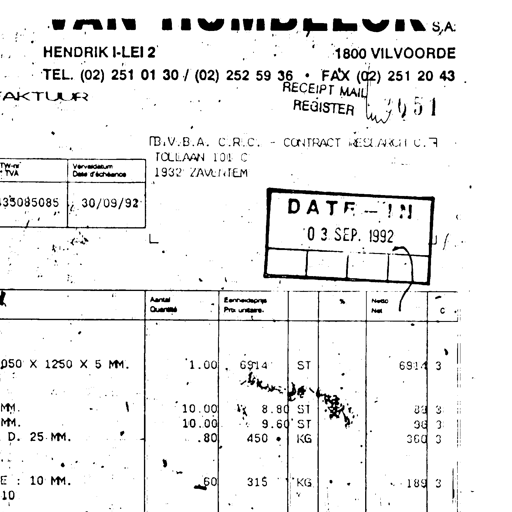
VAN HUMBEECK S,A.
HENDRIK I-LEI 2 1800 VILVOORDE
TEL. (02) 251 01 30 / (02) 252 59 36 • FAX (02) 251 20 43
FAKTUUR RECEIPT MAIL
REGISTER W 451
B.V.B.A. C.R.C. - CONTRACT RESEARCH C.R
TOLLAAN 101 C
1932 ZAVENTEM
TVA Vervaldatum Date d'échéance
33085085 30/09/92 DATE - IN
0 3 SEP. 1992
Aantal Quantité Eenheidsprijs Prix unitaire % Netto Net C
050 X 1250 X 5 MM. 1.00 6914 ST 6914 3
MM. 10.00 8.80 ST 88 3
MM. 10.00 9.60 ST 96 3
D. 25 MM. .80 450 • KG 360 3
E : 10 MM. .60 315 KG 189 3
10